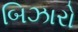
બિઝારો